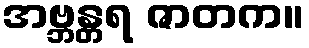
အဗ္ဘန္တရ ဇာတက။